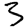
Digit: 3